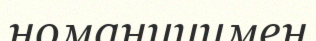
номаницимен